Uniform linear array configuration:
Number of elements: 32
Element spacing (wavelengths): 1
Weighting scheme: hamming
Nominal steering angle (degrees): -30
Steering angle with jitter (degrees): -30.085
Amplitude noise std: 0.05
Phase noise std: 0.05

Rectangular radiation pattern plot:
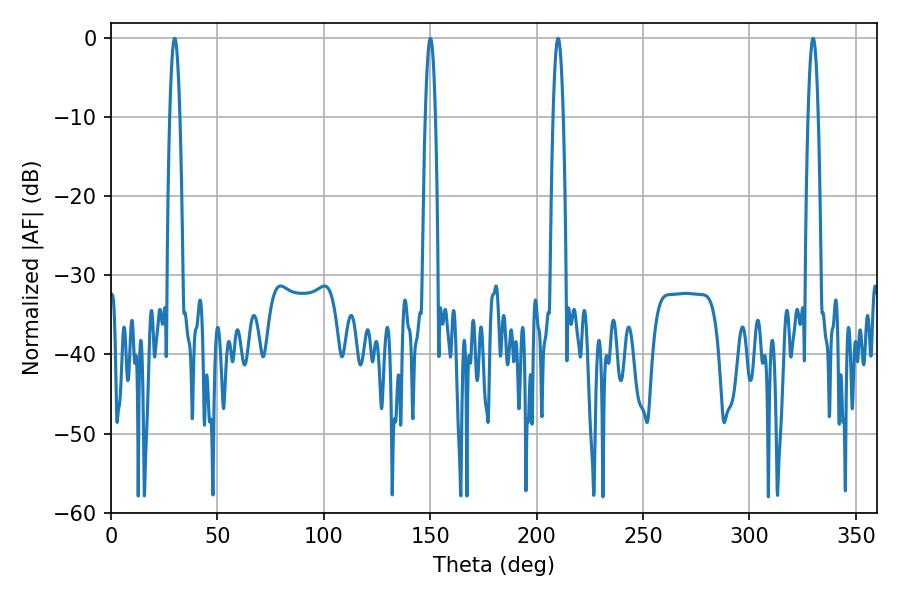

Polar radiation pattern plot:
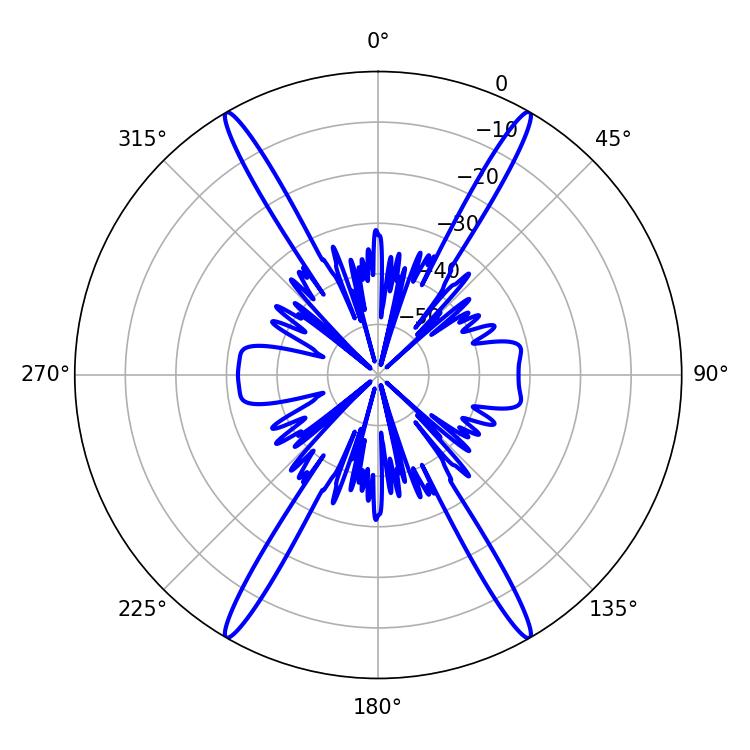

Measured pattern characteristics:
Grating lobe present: TRUE
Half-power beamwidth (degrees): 2.52
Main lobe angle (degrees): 210.06